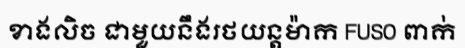
ខាងលិច ជាមួយនឹងរថយន្តម៉ាក FUSO ពាក់